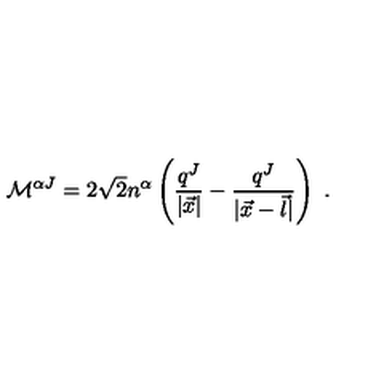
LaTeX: { \cal M } ^ { \alpha J } = 2 \sqrt 2 n ^ { \alpha } \left( \frac { q ^ { J } } { | \vec { x } | } - \frac { q ^ { J } } { | \vec { x } - \vec { l } | } \right) \ .